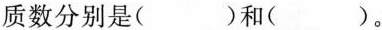
质数分别是( )和( )。